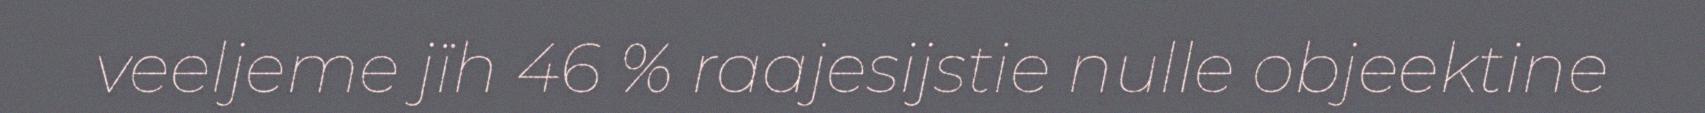
veeljeme jïh 46 % raajesijstie nulle objeektine